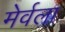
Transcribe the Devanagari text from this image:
मेर्वला